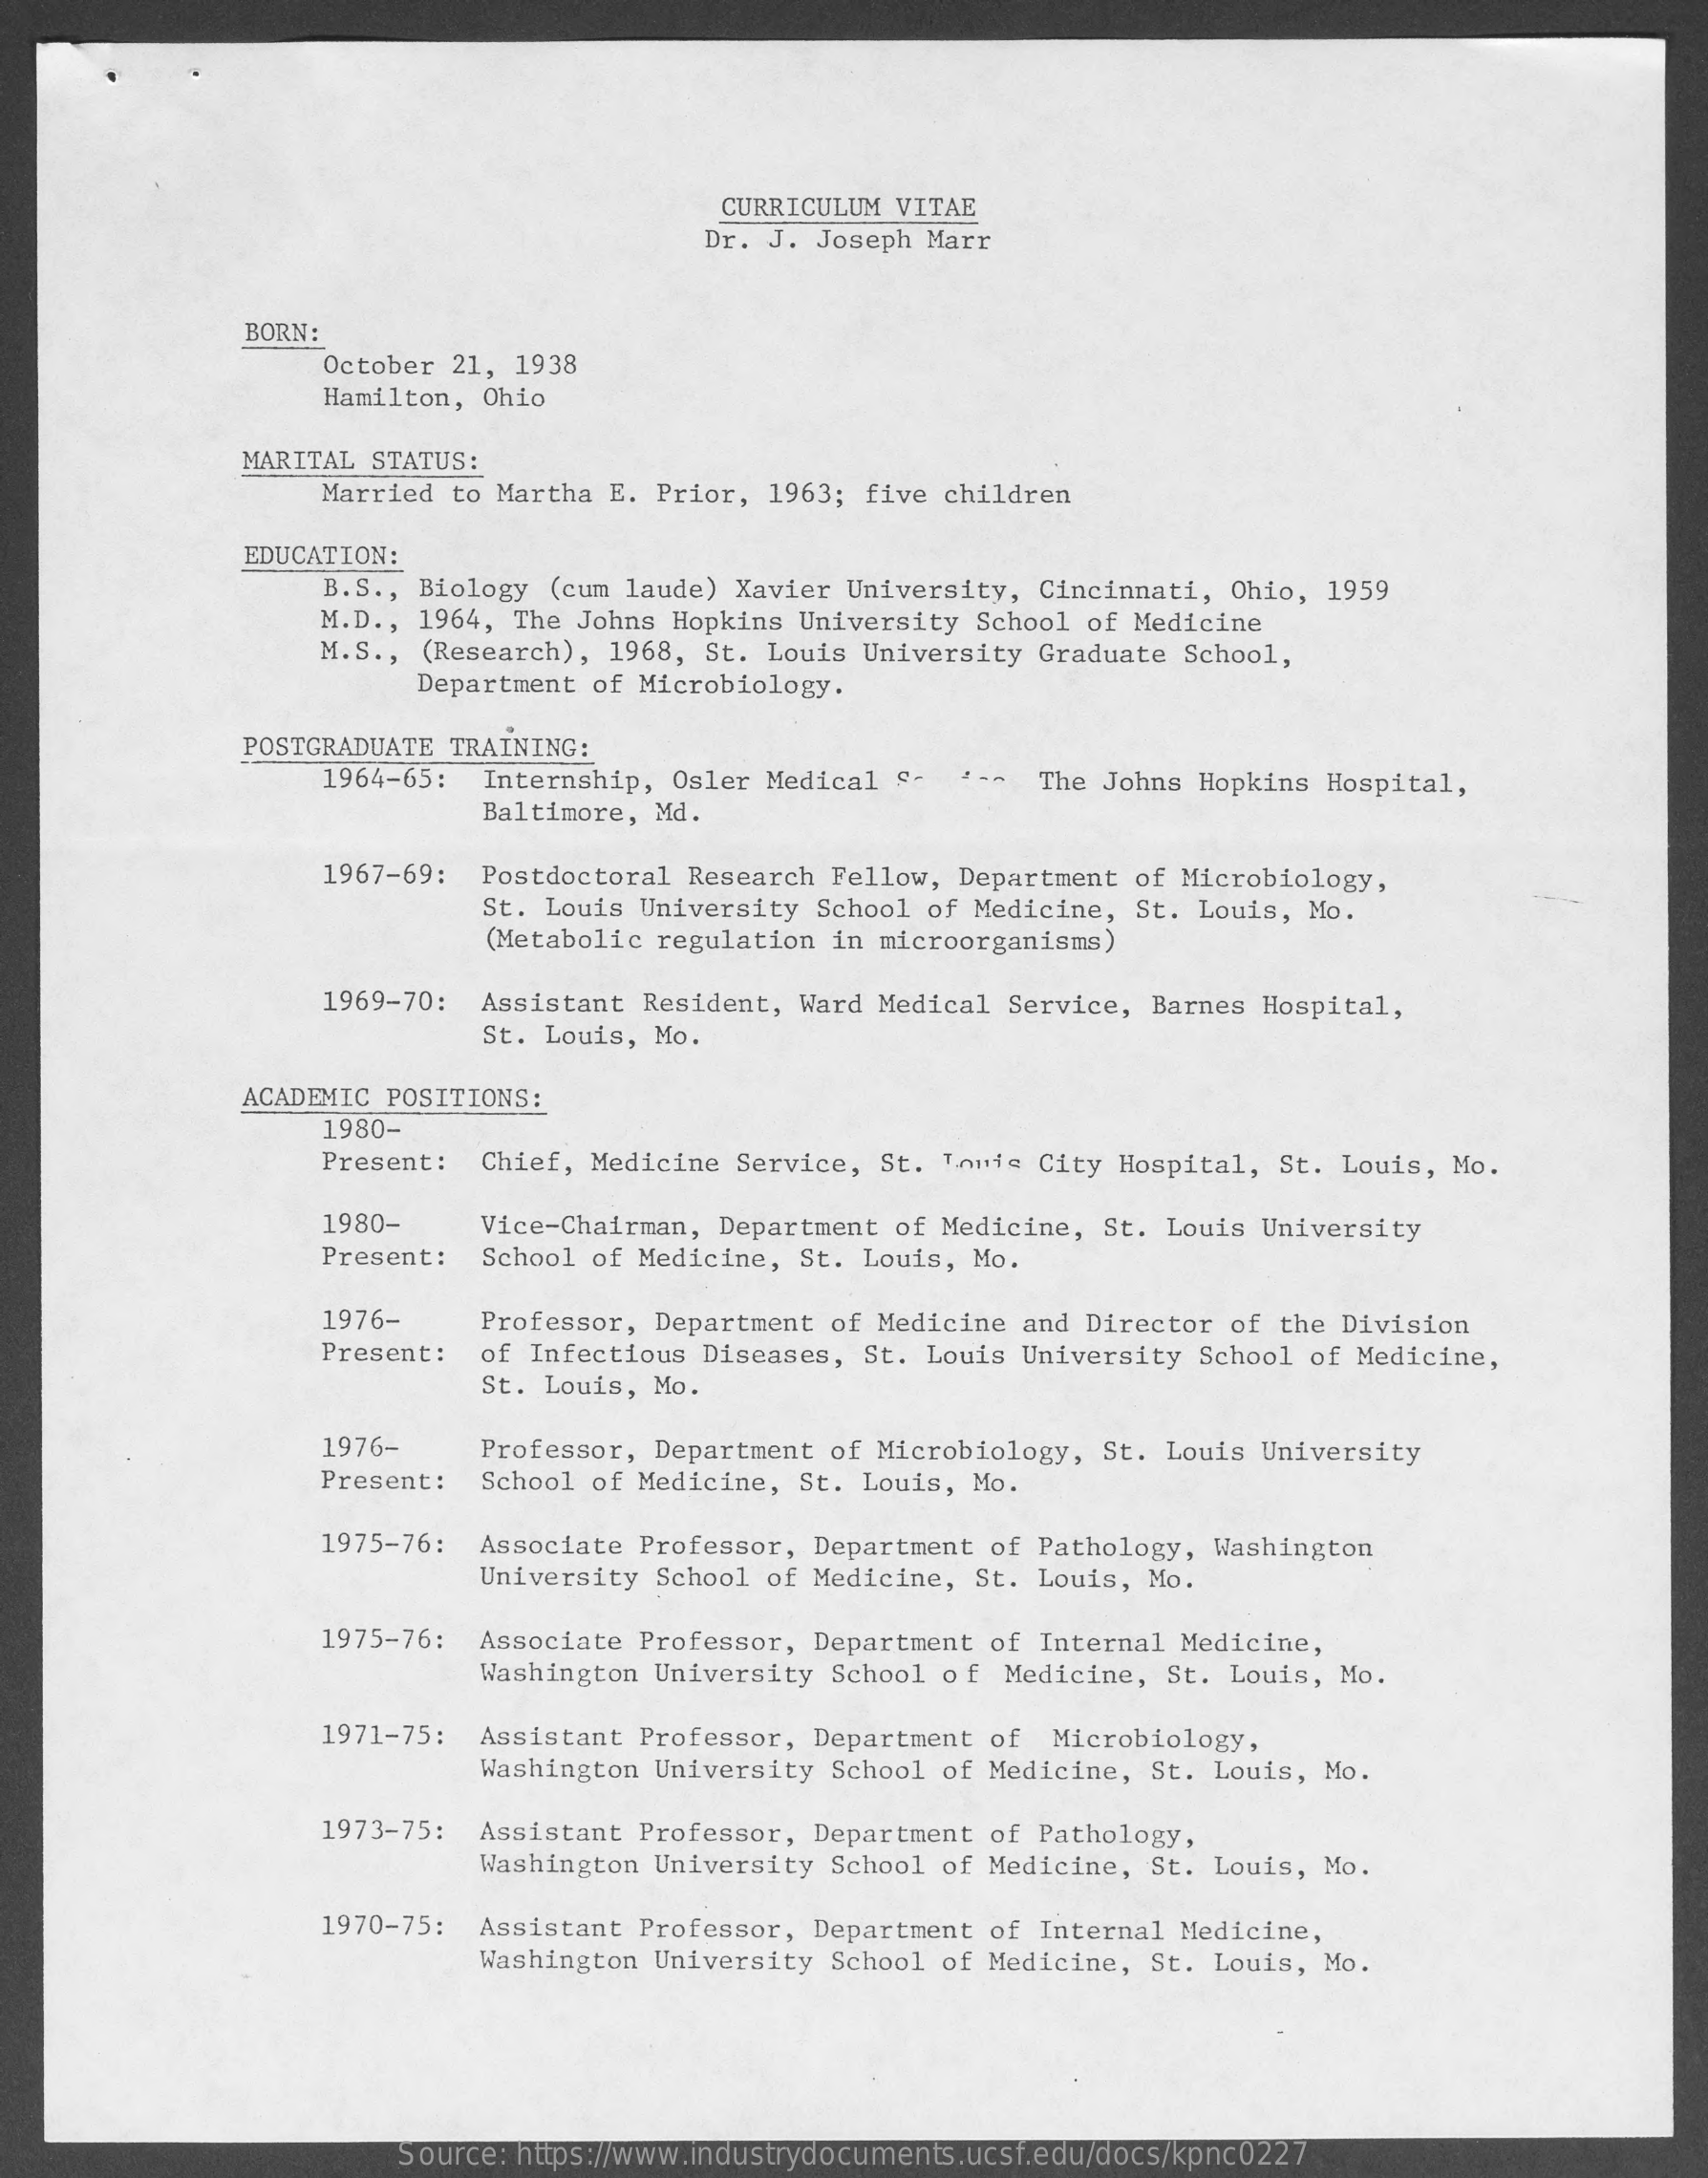
CURRICULUM VITAE
     Dr. J. Joseph Marr
     BORN:
     October 21, 1938
     Hamilton, Ohio
     MARITAL STATUS:
     Married to Martha E. Prior, 1963; five children
     EDUCATION:
     B.S ., Biology (cum laude) Xavier University, Cincinnati, Ohio, 1959
     M.D ., 1964, The Johns Hopkins University School of Medicine
     M.S ., (Research), 1968, St. Louis University Graduate School,
     Department of Microbiology.
     POSTGRADUATE TRAINING:
     1964-65: Internship, Osler Medical "- " -- The Johns Hopkins Hospital,
     Baltimore, Md.
     1967-69: Postdoctoral Research Fellow, Department of Microbiology,
     St. Louis University School of Medicine, St. Louis, Mo.
     (Metabolic regulation in microorganisms)
     1969-70: Assistant Resident, Ward Medical Service, Barnes Hospital,
     St. Louis, Mo.
     ACADEMIC POSITIONS:
     1980-
     Present : Chief, Medicine Service, St. Louis City Hospital, St. Louis, Mo.
     1980-   Vice-Chairman, Department of Medicine, St. Louis University
     Present: School of Medicine, St. Louis, Mo.
     1976-    Professor, Department of Medicine and Director of the Division
     Present : of Infectious Diseases, St. Louis University School of Medicine,
     St. Louis, Mo.
     1976-   Professor, Department of Microbiology, St. Louis University
     Present : School of Medicine, St. Louis, Mo.
     1975-76: Associate Professor, Department of Pathology, Washington
     University School of Medicine, St. Louis, Mo.
     1975-76: Associate Professor, Department of Internal Medicine,
     Washington University School of Medicine, St. Louis, Mo.
     1971-75: Assistant Professor, Department of Microbiology,
     Washington University School of Medicine, St. Louis, Mo.
     1973-75: Assistant Professor, Department of Pathology,
     Washington University School of Medicine, St. Louis, Mo.
     1970-75: Assistant Professor, Department of Internal Medicine,
     Washington University School of Medicine, St. Louis, Mo.
     Source: https://www.industrydocuments.ucsf.edu/docs/kpnc0227